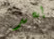
بعد